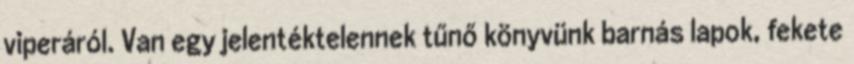
viperáról. Van egy jelentéktelennek tűnő könyvünk barnás lapok, fekete